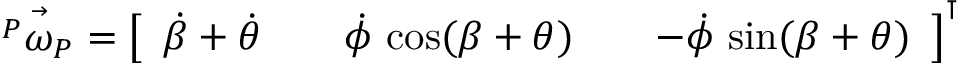
\vec { { ^ P } \omega _ { P } } = \left[ \begin{array} { l l l l l } { \dot { \beta } + \dot { \theta } } & { } & { \dot { \phi } \, \cos ( \beta + \theta ) } & { } & { - \dot { \phi } \, \sin ( \beta + \theta ) } \end{array} \right] ^ { \intercal } { }